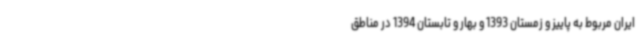
ایران مربوط به پاییز و زمستان 1393 و بهار و تابستان 1394 در مناطق